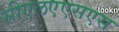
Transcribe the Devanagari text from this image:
सीएलएएसएस